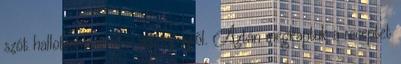
szót hallottunk erről a süteményről. Aztán megkaptuk a receptet